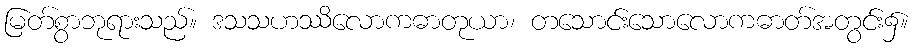
မြတ်စွာဘုရားသည်။ ဒသသဟဿိလောကဓာတုယာ၊ တသောင်းသောလောကဓာတ်အတွင်း၌။